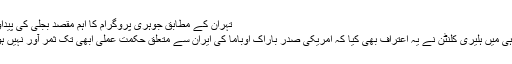
تہران کے مطابق جوہری پروگرام کا اہم مقصد بجلی کی پیداوار ہے
ریاض ہی میں ہلیری کلنٹن نے یہ اعتراف بھی کیا کہ امریکی صدر باراک اوباما کی ایران سے متعلق حکمت عملی ابھی تک ثمر آور نہیں ہو سکی۔